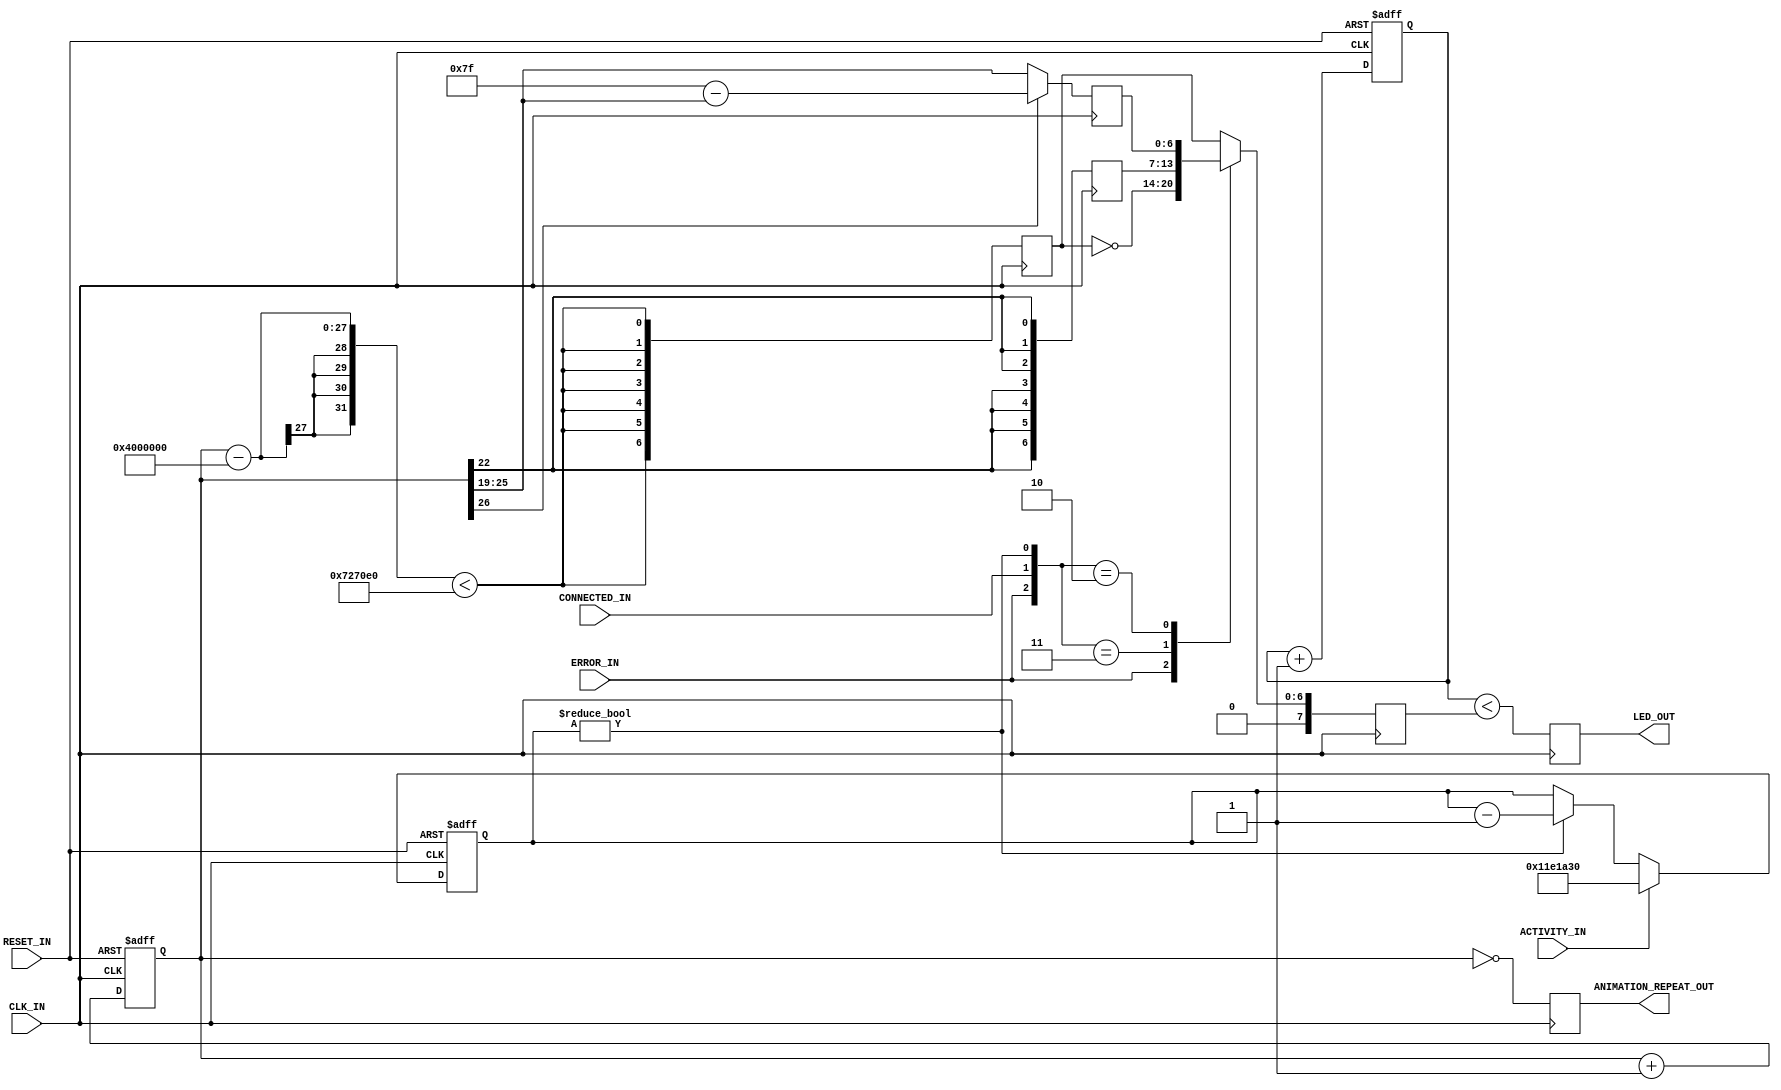
/**
 * Generate PWM LED driving signals to indicate system status for a number of
 * devices.
 */

module spio_status_led_generator #( // The number of devices (and thus LEDs)
                                    parameter NUM_DEVICES = 1
                                    // Animation period in clock cycles
                                  , parameter ANIMATION_PERIOD_BITS = 27
                                    // Duration of brief pulses (cycles)
                                  , parameter PULSE_DURATION = 7500000
                                    // Which bit of the period counter should be
                                    // used to produce the activity blink
                                  , parameter ACTIVITY_BLINK_BIT =  22
                                    // Number of bits PWM resolution
                                  , parameter PWM_BITS = 7
                                    // Timeout for non-activity before
                                    // deasserting the activity status.
                                  , parameter ACTIVITY_TIMEOUT = 18750000
                                  , parameter ACTIVITY_TIMEOUT_BITS = 25
                                  )
                                  ( input wire CLK_IN
                                  , input wire RESET_IN
                                    // Active-high error signal (one per device)
                                  , input wire [NUM_DEVICES-1:0] ERROR_IN
                                    // Active-high "connected" signal (one per device)
                                  , input wire [NUM_DEVICES-1:0] CONNECTED_IN
                                    // Active-high activity signal (one per device)
                                  , input wire [NUM_DEVICES-1:0] ACTIVITY_IN
                                    // The LED state (one per device)
                                  , output reg [NUM_DEVICES-1:0] LED_OUT
                                    // Produces a one-cycle pulse at the end of
                                    // every animation loop.
                                  , output reg ANIMATION_REPEAT_OUT
                                  );
genvar i;

// Current PWM duty cycle (note: one bit larger than the PWM counter)
reg [PWM_BITS:0] pwm_value_i [NUM_DEVICES-1:0];

// Whenever there has been some activity within the last ACTIVITY_TIMEOUT
// cycles, this signal is asserted.
wire activity_i [NUM_DEVICES-1:0];

// Animations
reg [PWM_BITS-1:0] animation_pulse_i;
reg [PWM_BITS-1:0] animation_blink_i;
reg [PWM_BITS-1:0] animation_throb_i;

////////////////////////////////////////////////////////////////////////////////
// PWM generator
////////////////////////////////////////////////////////////////////////////////

// Free-running PWM timer
reg [PWM_BITS-1:0] pwm_counter_i;
always @ (posedge CLK_IN, posedge RESET_IN)
	if (RESET_IN)
		pwm_counter_i <= 0;
	else
		pwm_counter_i <= pwm_counter_i + 1;


// Comparator for each LED
generate for (i = 0; i < NUM_DEVICES; i = i + 1)
	begin : pwm_comparator
		always @ (posedge CLK_IN)
			LED_OUT[i] <= pwm_counter_i < pwm_value_i[i];
	end
endgenerate


////////////////////////////////////////////////////////////////////////////////
// Animation generation
////////////////////////////////////////////////////////////////////////////////

// The current time in the animation cycle
reg [ANIMATION_PERIOD_BITS-1:0] period_i;
always @ (posedge CLK_IN, posedge RESET_IN)
	if (RESET_IN)
		period_i <= 0;
	else
		period_i <= period_i + 1;


// End of animation period (since all animations are one cycle behind the
// period counter)
always @ (posedge CLK_IN)
	ANIMATION_REPEAT_OUT <= period_i == 0;


// Brief pulsing animation (with the pulse in the middle of the animation)
always @ (posedge CLK_IN)
	animation_pulse_i <= {PWM_BITS { (period_i-{1'b1, {ANIMATION_PERIOD_BITS-1{1'b0}}})
	                                 < PULSE_DURATION
	                               }
	                     };

// Activity blinking animation
always @ (posedge CLK_IN)
	animation_blink_i <= {PWM_BITS{period_i[ACTIVITY_BLINK_BIT]}};

// Throbbing
always @ (posedge CLK_IN)
	if (period_i[ANIMATION_PERIOD_BITS-1] == 1'b0)
		// Fade on for first half...
		animation_throb_i <= period_i[ ANIMATION_PERIOD_BITS-2
		                             : ANIMATION_PERIOD_BITS-PWM_BITS-1
		                             ];
	else
		// ...and off for second half.
		animation_throb_i <= {PWM_BITS{1'b1}} - period_i[ ANIMATION_PERIOD_BITS-2
		                                                : ANIMATION_PERIOD_BITS-PWM_BITS-1
		                                                ];


////////////////////////////////////////////////////////////////////////////////
// Activity timeout
////////////////////////////////////////////////////////////////////////////////

generate for (i = 0; i < NUM_DEVICES; i = i + 1)
	begin : activity_timeouts
		reg [ACTIVITY_TIMEOUT_BITS-1:0] timeout_i;
		
		always @ (posedge CLK_IN, posedge RESET_IN)
			if (RESET_IN)
				timeout_i <= 0;
			else
				if (ACTIVITY_IN[i])
					timeout_i <= ACTIVITY_TIMEOUT;
				else if (timeout_i != 0)
					timeout_i <= timeout_i - 1;
		
		assign activity_i[i] = timeout_i != 0;
	end
endgenerate


////////////////////////////////////////////////////////////////////////////////
// Animation selection
////////////////////////////////////////////////////////////////////////////////

generate for (i = 0; i < NUM_DEVICES; i = i + 1)
	begin : animation_selection
		always @ (posedge CLK_IN)
			casex ({ERROR_IN[i], CONNECTED_IN[i], activity_i[i]})
				3'b1xx:  pwm_value_i[i] <= {1'b0, ~animation_pulse_i};
				3'b011:  pwm_value_i[i] <= {1'b0, animation_blink_i};
				3'b010:  pwm_value_i[i] <= {1'b0, animation_throb_i};
				default: pwm_value_i[i] <= {1'b0, animation_pulse_i};
			endcase
	end
endgenerate

endmodule